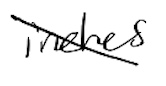
Text: inches
Cross-out: diagonal
Writing tool: digital_black